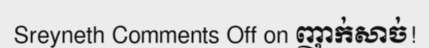
Sreyneth Comments Off on ញាក់សាច់!